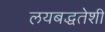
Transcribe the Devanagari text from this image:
लयबद्धतेशी